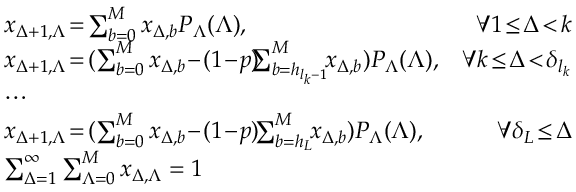
\begin{array} { r l r } { \! \! } & { x _ { \Delta + 1 , \Lambda } \! = \! \sum _ { b = 0 } ^ { M } x _ { \Delta , b } P _ { \Lambda } ( \Lambda ) , } & { \forall 1 \! \leq \! \Delta \! < \! k } \\ { \! \! } & { x _ { \Delta + 1 , \Lambda } \! = \! ( \sum _ { b = 0 } ^ { M } x _ { \Delta , b } \! - \! ( 1 \! - \! p ) \! \! \! \sum _ { b = h _ { { l _ { k } } - 1 } } ^ { M } \! \! x _ { \Delta , b } ) P _ { \Lambda } ( \Lambda ) , } & { \forall k \! \leq \! \Delta \! < \! \delta _ { l _ { k } } } \\ { \! \! } & { \cdots } \\ { \! \! } & { x _ { \Delta + 1 , \Lambda } \! = \! ( \sum _ { b = 0 } ^ { M } x _ { \Delta , b } \! - \! ( 1 \! - \! p ) \! \! \sum _ { b = h _ { L } } ^ { M } \! \! x _ { \Delta , b } ) P _ { \Lambda } ( \Lambda ) , } & { \forall \delta _ { L } \! \leq \! \Delta } \\ { \! \! } & { \sum _ { \Delta = 1 } ^ { \infty } \sum _ { \Lambda = 0 } ^ { M } x _ { \Delta , \Lambda } = 1 } & \end{array}